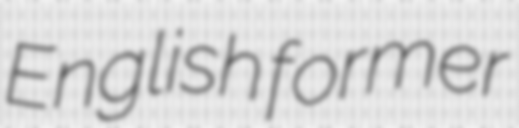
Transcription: English former